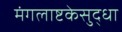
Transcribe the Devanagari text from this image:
मंगलाष्टकेसुद्धा